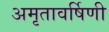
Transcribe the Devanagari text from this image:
अमृतावर्षिणी